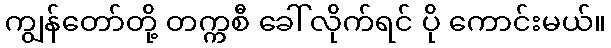
ကျွန်တော်တို့ တက္ကစီ ခေါ်လိုက်ရင် ပို ကောင်းမယ်။